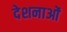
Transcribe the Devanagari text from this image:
देशनाओं